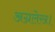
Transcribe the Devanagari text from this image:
अग्रलेख।